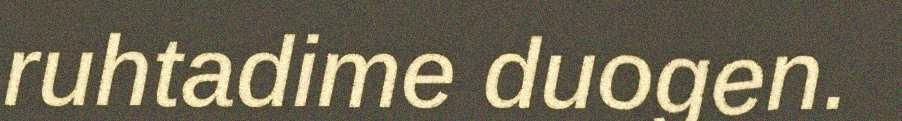
ruhtadime duogen.